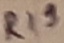
Text: R19